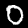
Label: 0